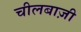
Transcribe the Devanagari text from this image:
चीलबाज़ी